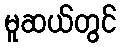
မူဆယ်တွင်